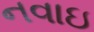
નવાઇ